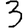
Digit: 3